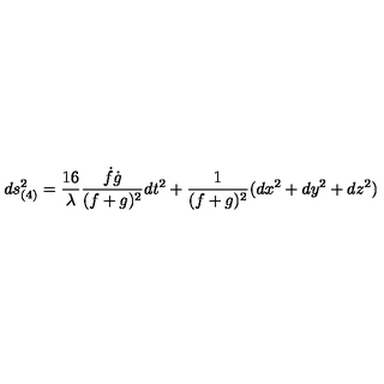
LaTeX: d s _ { ( 4 ) } ^ { 2 } = \frac { 1 6 } { \lambda } \frac { \dot { f } \dot { g } } { ( f + g ) ^ { 2 } } d t ^ { 2 } + \frac { 1 } { ( f + g ) ^ { 2 } } ( d x ^ { 2 } + d y ^ { 2 } + d z ^ { 2 } )